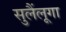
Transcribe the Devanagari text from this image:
सुलैंलूगा